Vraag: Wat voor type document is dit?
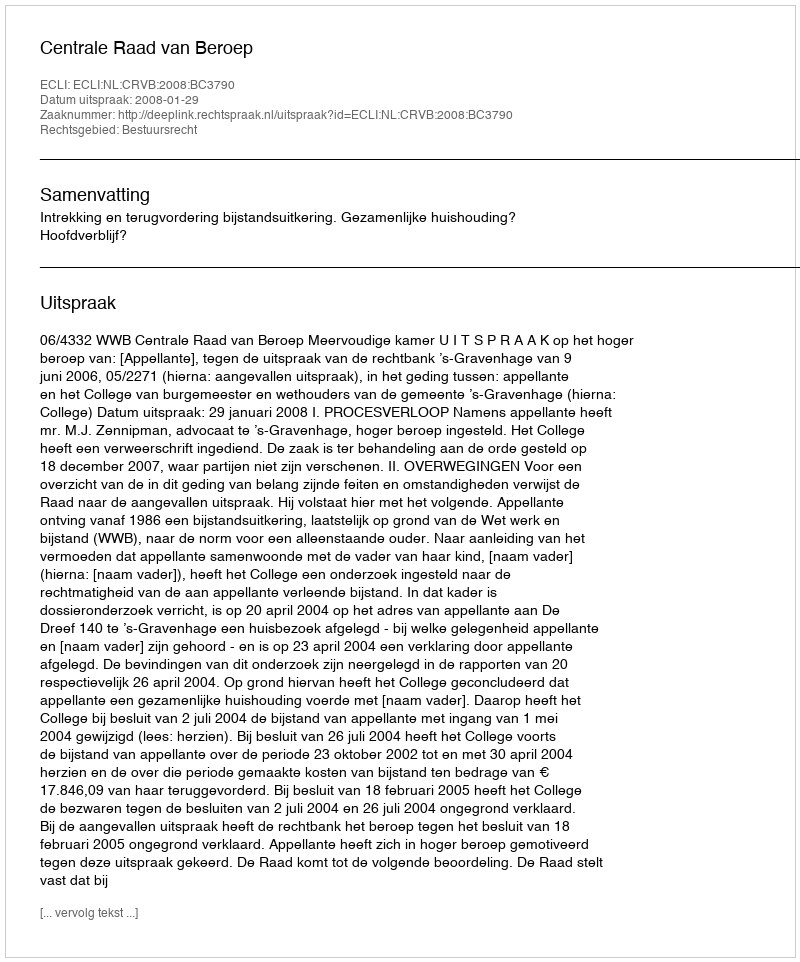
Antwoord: Uitspraak